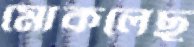
মোকলেছু